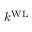
k ^ { \mathrm { W L } }